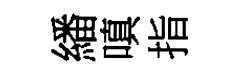
繙嗔指